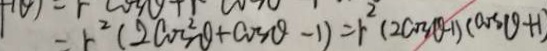
= r ^ { 2 } ( 2 \cos ^ { 2 } \theta + \cos \theta - 1 ) = r ^ { 2 } ( 2 \cos \theta - 1 ) ( \cos \theta + 1 )